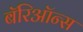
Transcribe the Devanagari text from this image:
बॅरिऑन्स